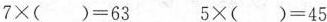
7×()=63 5×()=45